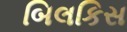
બિલકિસ